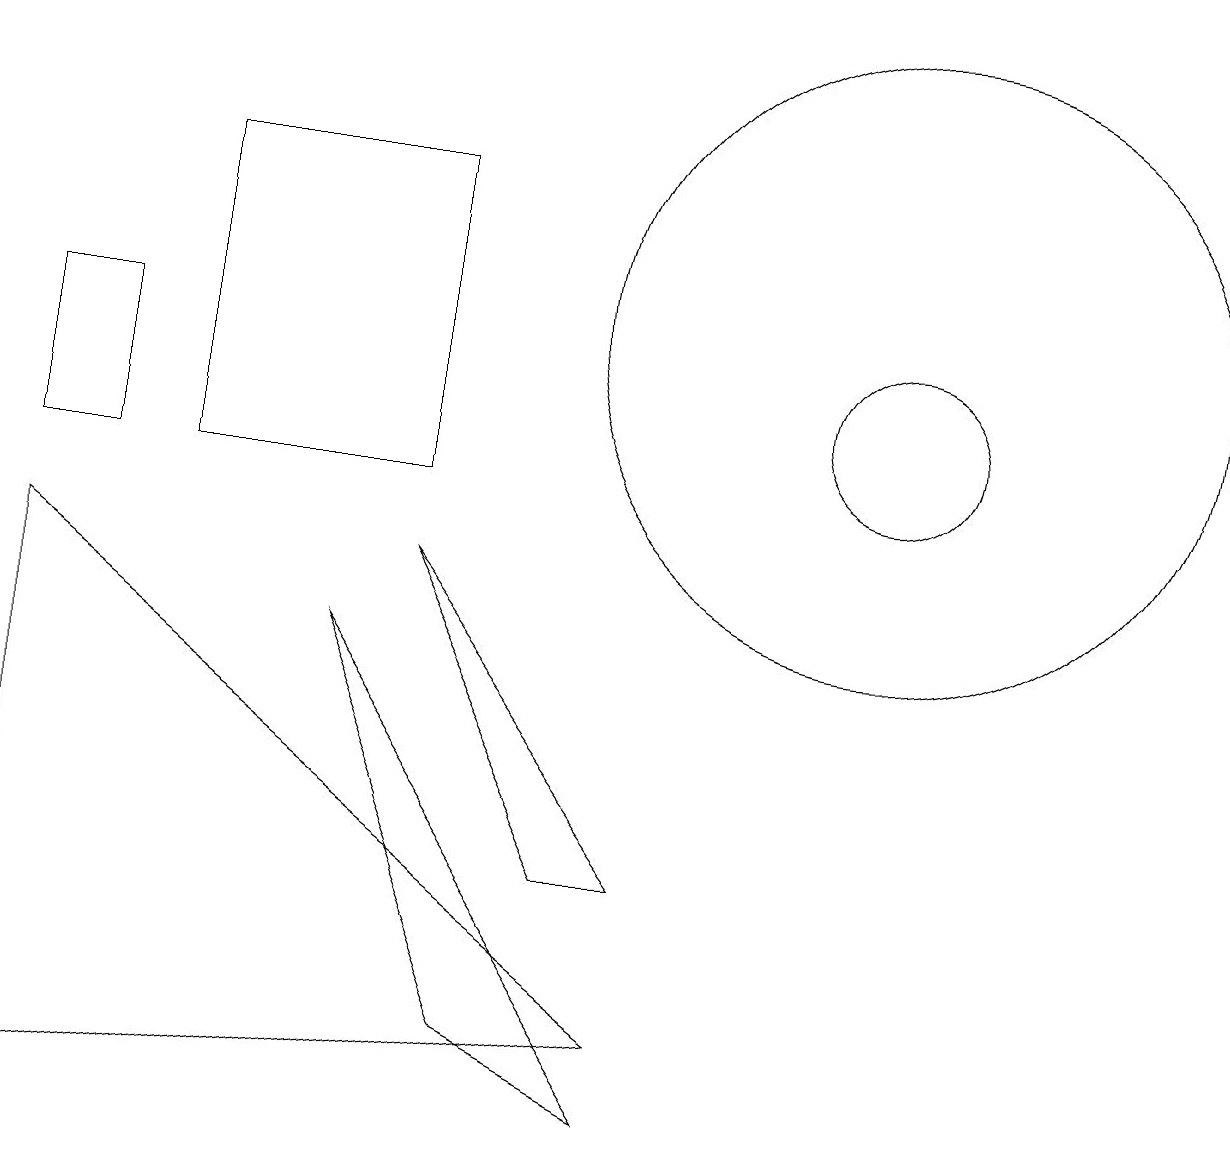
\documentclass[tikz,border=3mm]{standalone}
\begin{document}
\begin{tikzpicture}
\draw (6,3) -- (8,2) -- (4,8) -- cycle;
\draw (8,3) -- (0,9) -- (0,2) -- cycle;
\draw (11,11) circle (1);
\draw (2,14) rectangle (5,10);
\draw (11,12) circle (4);
\draw (5,9) -- (8,5) -- (7,5) -- cycle;
\draw (0,12) rectangle (1,10);
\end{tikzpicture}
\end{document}